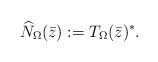
LaTeX: \begin{align*}\widehat N_\Omega(\bar z):=T_\Omega(\bar z)^*.\end{align*}